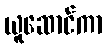
ယူဆောင်ကာ